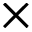
\times